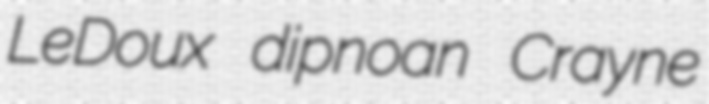
LeDoux dipnoan Crayne